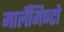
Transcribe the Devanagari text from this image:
मार्लेमिण्टो